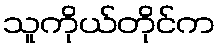
သူကိုယ်တိုင်က